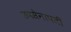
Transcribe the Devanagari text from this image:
उपसेनापती